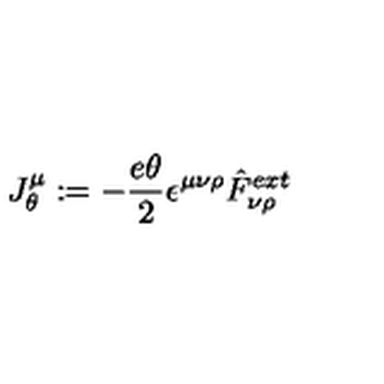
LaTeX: J _ { \theta } \sp { \mu } : = - \frac { e \theta } { 2 } \epsilon \sp { \mu \nu \rho } \hat { F } _ { \nu \rho } \sp { e x t }